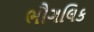
ભૌગલિક